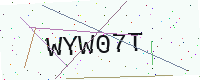
Text: WYW07T